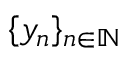
\{ y _ { n } \} _ { n \in \mathbb { N } }